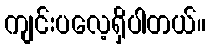
ကျင်းပလေ့ရှိပါတယ်။